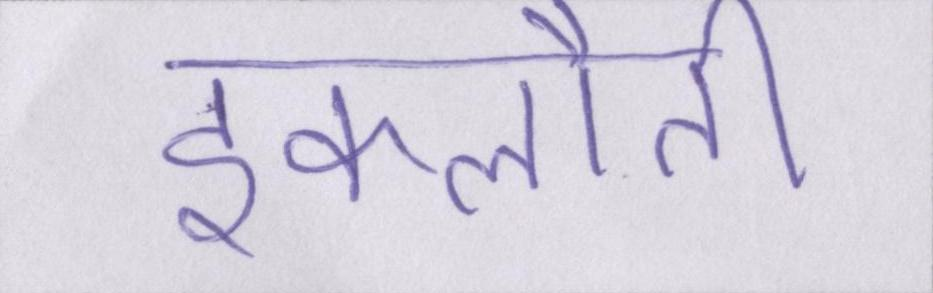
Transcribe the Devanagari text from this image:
इकलौती